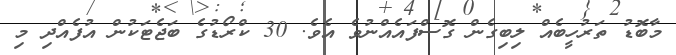
މާބޮޑު ތަރުހީބެއް ލިބިގެން ގޮސްފައެއްނުވެ އެވެ. 30 ކްރޯޑުގެ ބަޖެޓަކުން އުފެއްދި މި